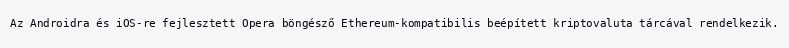
Az Androidra és iOS-re fejlesztett Opera böngésző Ethereum-kompatibilis beépített kriptovaluta tárcával rendelkezik.